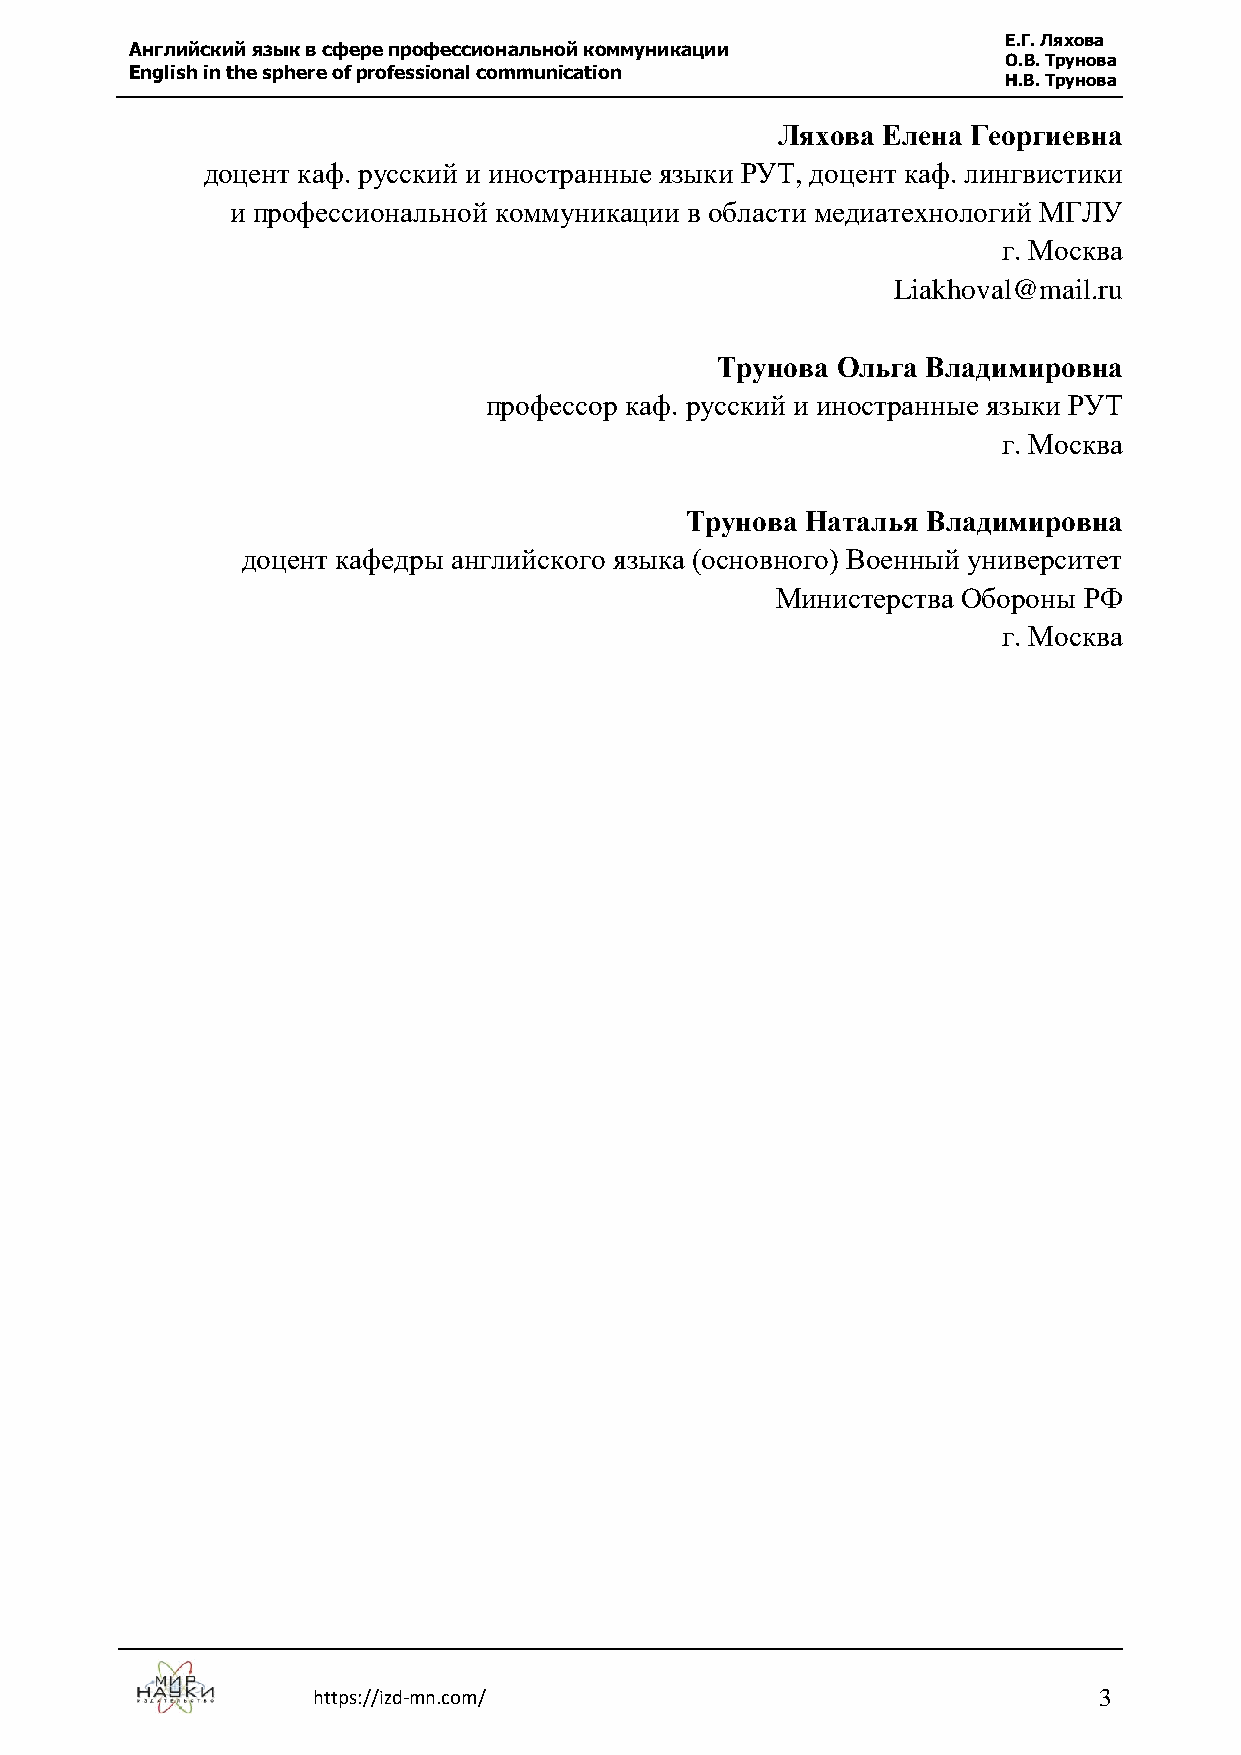
Е.Г. Ляхова
 Английский язык в сфере профессиональной коммуникации
 О.В. Трунова
 English in the sphere of professional communication
 Н.В. Трунова
 Ляхова Елена Георгиевна
 доцент каф. русский и иностранные языки РУТ, доцент каф. лингвистики
 и профессиональной коммуникации в области медиатехнологий МГЛУ
 г. Москва
 Liakhoval@mail.ru
 Трунова Ольга Владимировна
 профессор каф. русский и иностранные языки РУТ
 г. Москва
 Трунова Наталья Владимировна
 доцент кафедры английского языка (основного) Военный университет
 Министерства Обороны РФ
 г. Москва
 https://izd-mn.com/                                 3